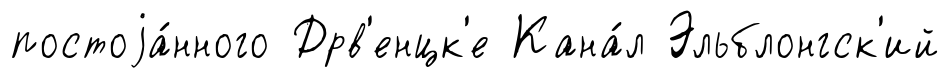
постоjа́нного Дрв'енцк'е Кана́л Эльблонгск'ий